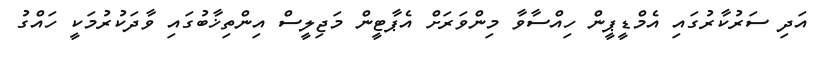
އަދި ސަރުކާރުގައި އެމްޑީޕީން ހިއްސާވާ މިންވަރަށް އެޕާޓީން މަޖިލީސް އިންތިޚާބުގައި ވާދަކުރުމަކީ ހައްގު